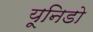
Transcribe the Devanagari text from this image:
यूनिडो